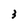
Character: 3